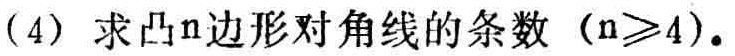
(4) 求凸\(n\)边形对角线的条数（\(n\geqslant4\)）.